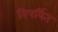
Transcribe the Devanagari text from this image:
विपर्यित